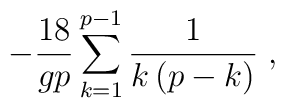
- \frac{18}{g p} \sum_{k=1}^{p-1} \frac{1}{k \left(p-k\right)} \; ,